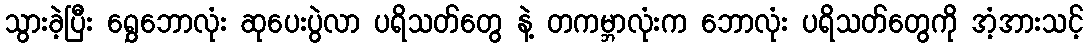
သွားခဲ့ပြီး ရွှေဘောလုံး ဆုပေးပွဲလာ ပရိသတ်တွေ နဲ့ တကမ္ဘာလုံးက ဘောလုံး ပရိသတ်တွေကို အံ့အားသင့်